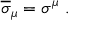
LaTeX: { \overline { { \sigma } } } _ { \mu } = \sigma ^ { \mu } ~ .